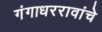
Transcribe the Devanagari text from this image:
गंगाधररावांचे